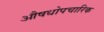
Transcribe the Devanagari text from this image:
औषधोपचारिक